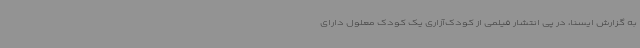
به گزارش ایسنا، در پی انتشار فیلمی از کودک‌آزاری یک کودک معلول دارای